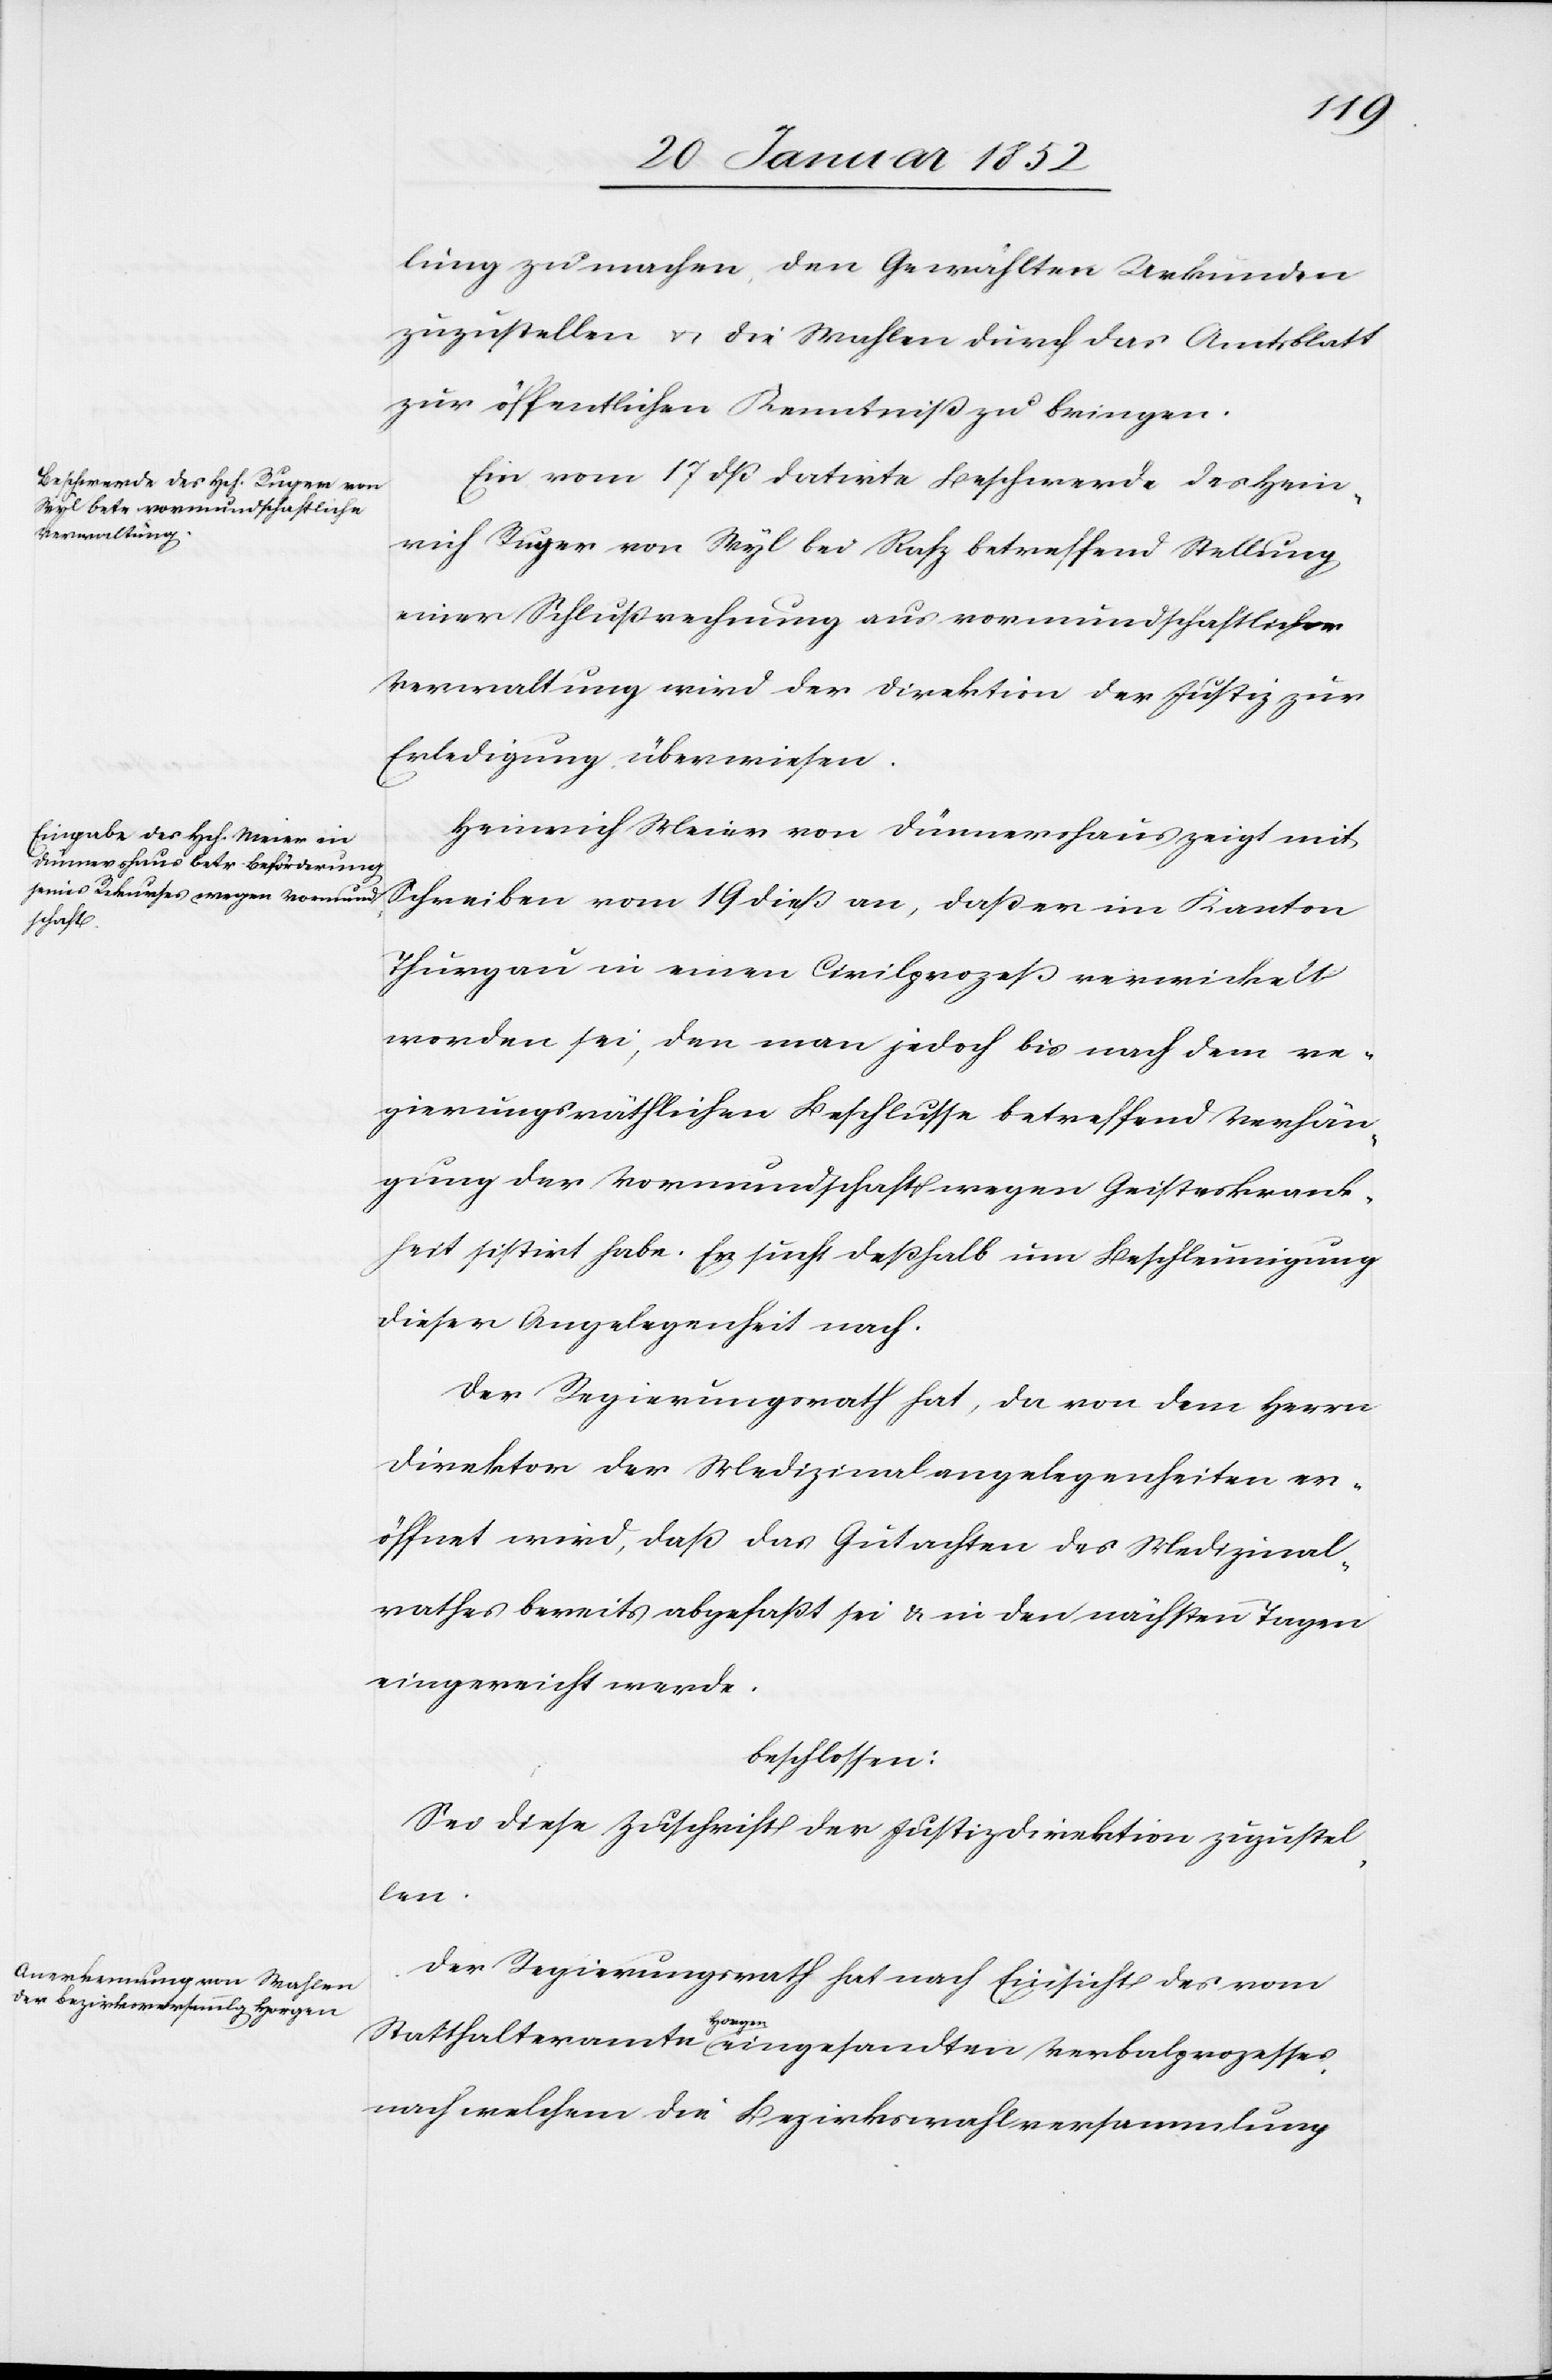
lung zu machen, den Gewählten Urkunden
zuzustellen u. die Wahlen durch das Amtsblatt
zur öffentlichen Kenntniß zu bringen.
Ein[e] vom 17 dß datirte Beschwerde des Hein¬
rich Ruger von Wyl bei Rafz betreffend Stellung
einer Schlußrechnung aus vormundschaftlicher
Verwaltung wird der Direktion der Justiz zur
Erledigung überwiesen.
Heinrich Meier von Dünnershaus zeigt mit
Schreiben vom 19 dieß an, daß er im Kanton
Thurgau in einen Civilprozeß verwickelt
worden sei, den man jedoch bis nach dem re¬
gierungsräthlichen Beschlusse betreffend Verhän¬
gung der Vormundschaft wegen Geisteskrank¬
heit sistirt habe. Er sucht deßhalb um Beschleunigung
dieser Angelegenheit nach.
Der Regierungsrath hat, da von dem Herrn
Direktor der Medizinalangelegenheiten er¬
öffnet wird, daß das Gutachten des Medizinal¬
rathes bereits abgefaßt sei u. in den nächsten Tagen
eingereicht werde.
beschlossen:
Sei diese Zuschrift der Justizdirektion zuzustel¬
len.
Der Regierungsrath hat nach Einsicht des vom
Statthalteramte Horgen eingesandten Verbalprozesses
nach welchem die Bezirkswahlversammlung